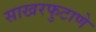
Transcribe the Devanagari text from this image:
साखरफुटाणे